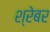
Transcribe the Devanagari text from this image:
श्रेबर